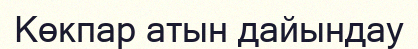
Көкпар атын дайындау